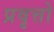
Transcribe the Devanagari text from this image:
प्रवृत्तो